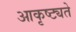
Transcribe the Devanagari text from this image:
आकृष्ट्यते